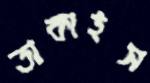
তাকাইস